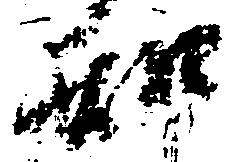
知